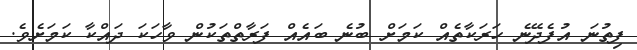
ފިތުނަ އުފެދޭނެ ހަރަކާތެއް ކަމަށް ބުނެ ބައެއް ފަރާތްތަކުން ވާހަކަ ދައްކާ ކަމަށެވެ.